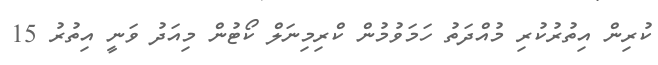
ކުރިން އިތުރުކުރި މުއްދަތު ހަމަވުމުން ކްރިމިނަލް ކޯޓުން މިއަދު ވަނީ އިތުރު 15